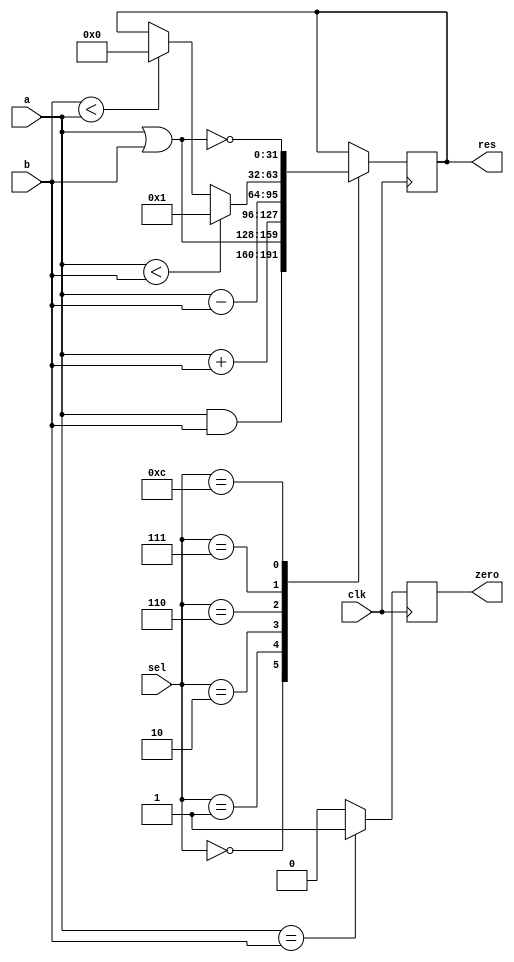
module alu(input clk,input [31:0] a,b,input [3:0] sel,output reg [31:0] res,output reg zero);

always @(posedge clk)begin

if (a == b) zero <= 1 ;else zero <= 0;

case(sel)
4'b0000: res <= a & b;
4'b0001: res <= a | b;
4'b0010: res <= a+b;
4'b0110: res <= a-b;
4'b0111: if (a<b) res <= 1; else if(b<a) res <= 0;
4'b1100: res <= ~(a | b);

endcase 

end 
endmodule